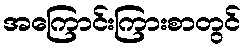
အကြောင်းကြားစာတွင်